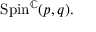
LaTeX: \mathrm { S p i n } ^ { \mathbb { C } } ( p , q ) .